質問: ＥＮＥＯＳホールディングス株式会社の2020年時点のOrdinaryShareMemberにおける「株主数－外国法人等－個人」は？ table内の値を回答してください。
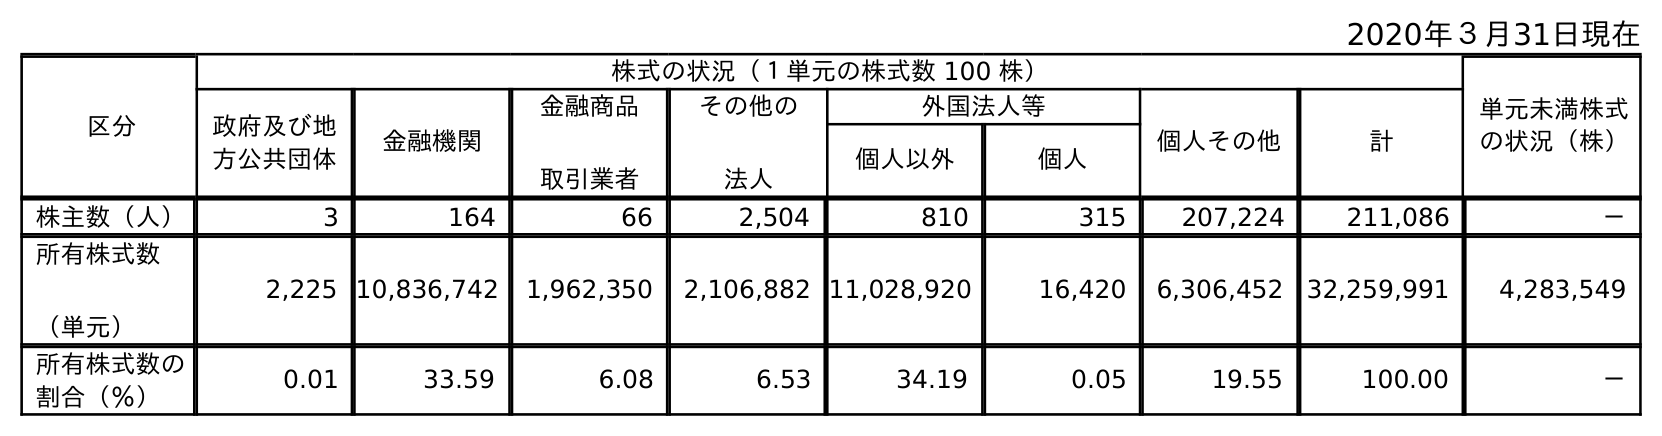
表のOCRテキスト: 2020年３月31日現在 区分 株式の状況（１単元の株式数 100 株） 単元未満株式 の状況（株） 政府及び地 方公共団体 金融機関 金融商品 取引業者 その他の 法人 外国法人等 個人その他 計 個人以外 個人 株主数（人） 3 164 66 2,504 810 315 207,224 211,086 － 所有株式数 （単元） 2,225 10,836,742 1,962,350 2,106,882 11,028,920 16,420 6,306,452 32,259,991 4,283,549 所有株式数の 割合（％） 0.01 33.59 6.08 6.53 34.19 0.05 19.55 100.00 －
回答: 315